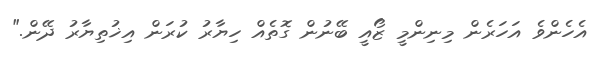
އެހެންވެ އަހަރެން މިނިންމީ ޒޯއީ ބޭނުން ގޮތެއް ހިޔާރު ކުރަން އިޚުތިޔާރު ދޭން."